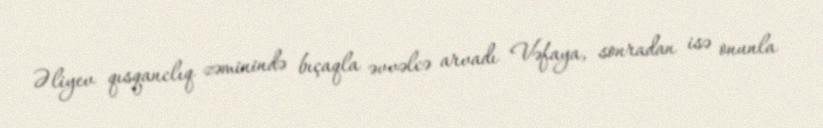
Əliyev qısqanclıq zəminində bıçaqla əvvəlcə arvadı Vəfaya, sonradan isə onunla